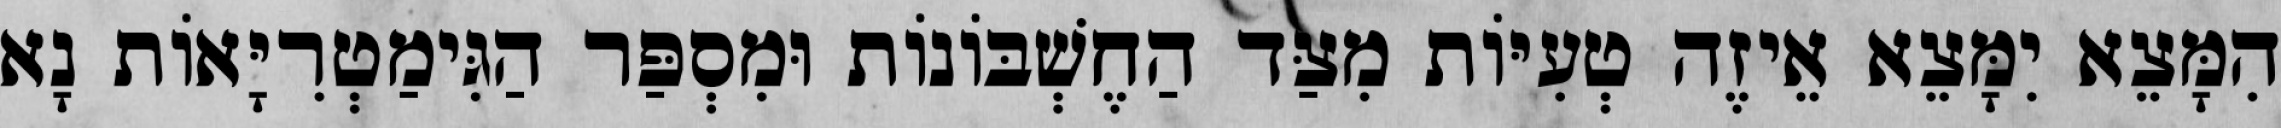
הִמָּצֵא יִמָּצֵא אֵיזֶה טְעִיּוֹת מִצַּד הַחֶשְׁבּוֹנוֹת וּמִסְפַּר הַגִּימַטְרִיָּאוֹת נָא